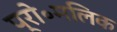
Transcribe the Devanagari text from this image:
प्रो॰मलिक